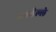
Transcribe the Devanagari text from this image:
लावेल्ले